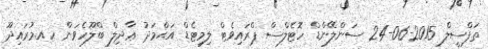
ތަފްސީލް 2015-06-24 ސަންލޭންޑް ހޮޓެލްސް ޕްރައިވެޓް ލިމިޓެޑް އަޙްމަދު ޢާދިލް ބްލޫހެވަން ހއ.މުރައިދޫ